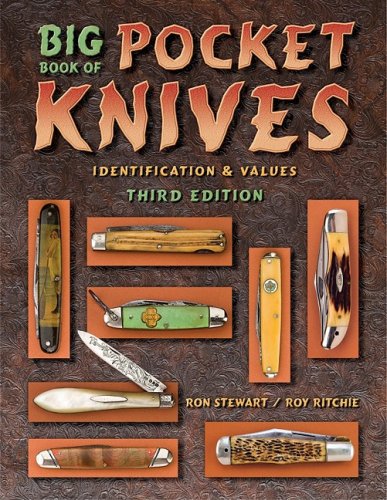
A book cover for Big Book of Pocket Knives; Ron Stewart; Crafts, Hobbies & Home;